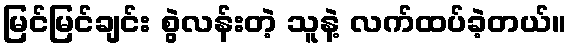
မြင်မြင်ချင်း စွဲလန်းတဲ့ သူနဲ့ လက်ထပ်ခဲ့တယ်။